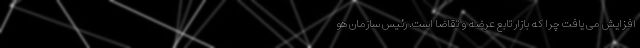
افزایش می یافت چرا که بازار تابع عرضه و تقاضا است. رئیس سازمان هو